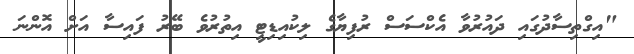
"އިގްތިސާދުގައި ދައުރުވާ އެކްސަސް ރުފިޔާގެ ލިކުއިޑިޓީ އިތުރުވެ ބޭރު ފައިސާ އަށް އޮންނަ